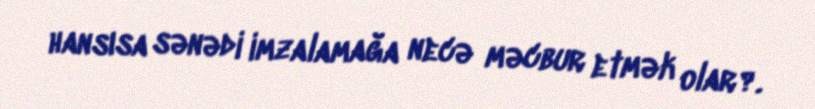
hansısa sənədi imzalamağa necə məcbur etmək olar?.